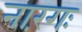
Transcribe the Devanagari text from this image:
नारंगः